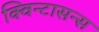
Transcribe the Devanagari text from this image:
क्विन्टासन्स